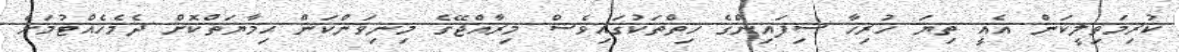
ކުރިމަތިލީކަން އެއީ ތިޔަ ހުރިހާ ސިފައިންގެ ހިތްތަކުގައިވެސް މިރާއްޖޭގެ މިނިވަންކަން ޙިމާޔަތްކޮށް ދެމެހެއްޓުމަށް